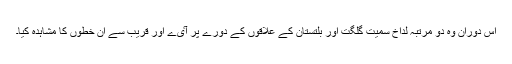
اس دوران وہ دو مرتبہ لداخ سمیت گلگت اور بلتستان کے علاقوں کے دورے پر آٸے اور قریب سے ان خطوں کا مشاہدہ کیا۔